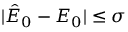
| \hat { E } _ { 0 } - E _ { 0 } | \leq \sigma